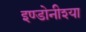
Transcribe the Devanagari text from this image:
इण्डोनीश्या